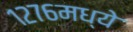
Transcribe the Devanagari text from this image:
१२७६मध्ये